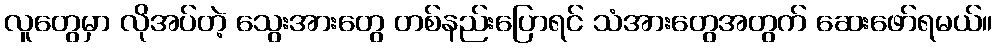
လူတွေမှာ လိုအပ်တဲ့ သွေးအားတွေ တစ်နည်းပြောရင် သံအားတွေအတွက် ဆေးဖော်ရမယ်။